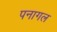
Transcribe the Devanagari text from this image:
पनागल